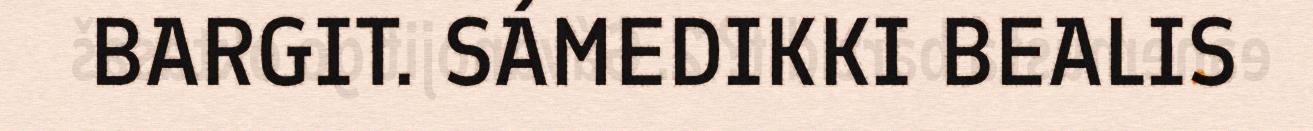
BARGIT. SÁMEDIKKI BEALIS